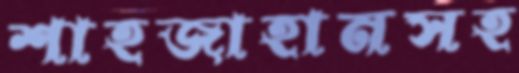
শাহজাহানসহ